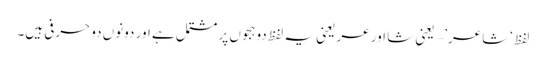
لفظ ‘شاعر’ – یعنی شا اور عر یعنی یہ لفظ دو ہجوں پر مشتمل ہے اور دونوں دو حرفی ہیں۔